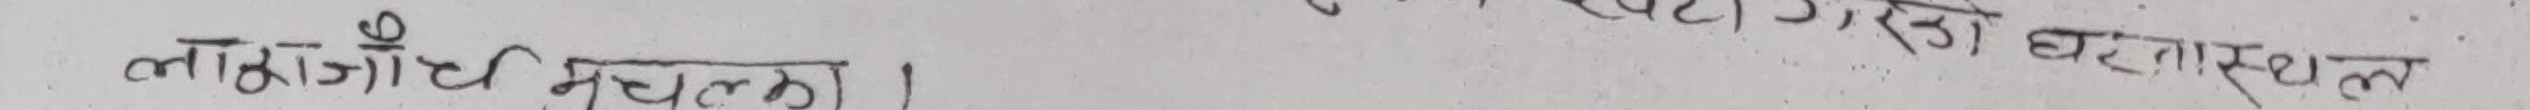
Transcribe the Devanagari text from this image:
लरंगौण महलक।
दरा गवाहस्थल